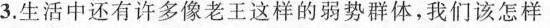
3.生活中还有许多像老王这样的弱势群体，我们该怎样